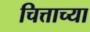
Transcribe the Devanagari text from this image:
चित्ताच्या